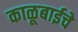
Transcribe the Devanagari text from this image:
काळूबाईचे